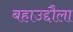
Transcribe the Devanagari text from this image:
बहाउद्दौला